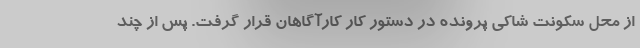
از محل سکونت شاکی پرونده در دستور کار کارآگاهان قرار گرفت. پس از چند